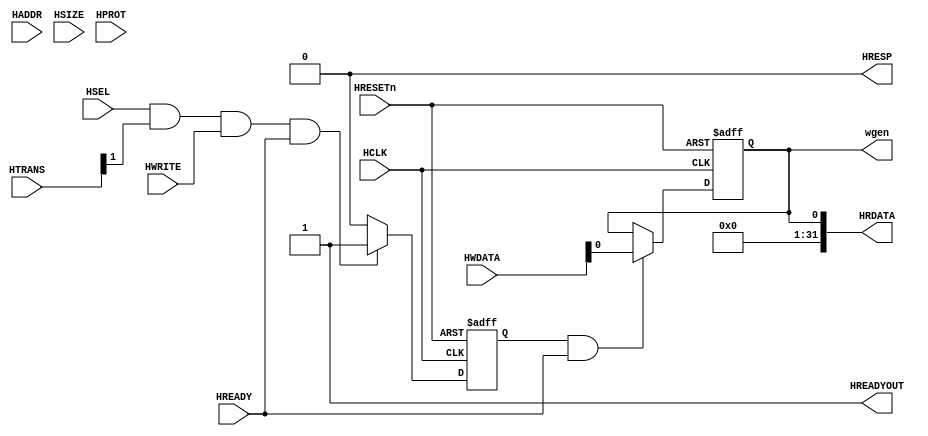
// This program was cloned from: https://github.com/flyjancy/CortexM0_SoC_Task
// License: MIT License

module AHBlite_WaveformGenerator(
    input  wire          HCLK,    
    input  wire          HRESETn, 
    input  wire          HSEL,    
    input  wire   [31:0] HADDR,   
    input  wire    [1:0] HTRANS,  
    input  wire    [2:0] HSIZE,   
    input  wire    [3:0] HPROT,   
    input  wire          HWRITE,  
    input  wire   [31:0] HWDATA,   
    input wire           HREADY, 
    output wire          HREADYOUT, 
    output wire   [31:0] HRDATA,  
    output wire          HRESP,
    output reg           wgen
);

assign HRESP = 1'b0;
assign HREADYOUT = 1'b1;

wire write_en;
assign write_en = HSEL & HTRANS[1] & HWRITE & HREADY;

reg wr_en_reg;
always @ (posedge HCLK or negedge HRESETn) begin
    if (~HRESETn) wr_en_reg <= 1'b0;
    else if (write_en) wr_en_reg <= 1'b1;
    else wr_en_reg <= 1'b0;
end

always @ (posedge HCLK or negedge HRESETn) begin
    if (~HRESETn) wgen <= 1'b0;
    else if (wr_en_reg && HREADY) wgen <= HWDATA[0];
end

assign HRDATA = {31'b0, wgen};

endmodule